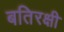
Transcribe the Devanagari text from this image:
बतिरक्षी